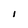
Character: l